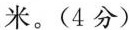
米。（4分）